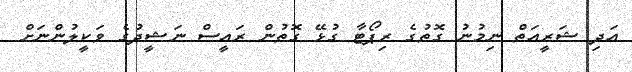
އަދި ޝަރީއަތް ނިމުނު ގޮތުގެ ރިޕޯޓާ ގުޅޭ ގޮތުން ރައީސް ނަޝީދުގެ ވަކީލުންނަށް